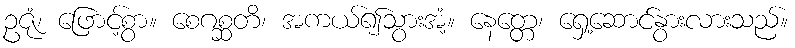
ဥဇုံ၊ ဖြောင့်စွာ။ စေဂစ္ဆတိ၊ အကယ်၍သွားအံ့။ နေတ္တေ၊ ရှေ့ဆောင်နွားလားသည်။